Hookworm disease and how to prevent it
Disease focus: Hookworm
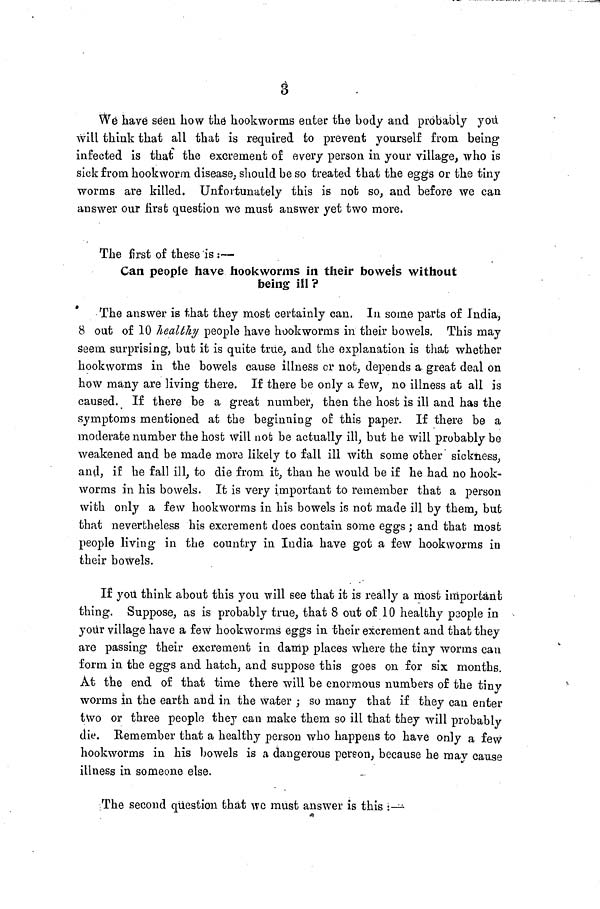
8
We have seen how the hookworms eater the body and probably you
will think that all that is required to prevent yourself from being
infected is that the excrement of every person in your village, who is
sick from hookworm disease, should be so treated that the eggs or the tiny
worms are killed. Unfortunately this is not so, and before we can
answer our first question we must answer yet two more.
The first of these is :—
Can people have hookworms in their bowels without
being ill ?
The answer is that they most certainly can. In some parts of India,
8 out of 10 healthy people have hookworms in their bowels. This may
seem surprising, but it is quite true, and the explanation is that whether
hookworms in the bowels cause illness or not, depends a great deal on
how many are living there. If there be only a few, no illness at all is
caused. If there be a great number, then the host is ill and has the
symptoms mentioned at the beginning of this paper. If there be a
moderate number the host will not be actually ill, but he will probably be
weakened and be made more likely to fall ill with some other sickness,
and, if he fall ill, to die from it, than he would be if he had no hook-
worms in his bowels. It is very important to remember that a person
with only a few hookworms in his bowels is not made ill by them, but
that nevertheless his excrement does contain some eggs ; and that most
people living in the country in India have got a few hookworms in
their bowels.
If you think about this you will see that it is really a most important
thing. Suppose, as is probably true, that 8 out of 10 healthy p30ple in
your village have a few hookworms eggs in their excrement and that they
are passing their excrement in damp places where the tiny worms can
form in the eggs and hatch, and suppose this goes on for six months.
At the end of that time there -will be enormous numbers of the tiny
worms in the earth and in the water ; so many that if they can enter
two or three people they can make them so ill that they will probably
die. Remember that a healthy person who happens to have only a few
hookworms in his bowels is a dangerous person, because he may cause
illness in someone else.
The second question that we must answer is this :—•